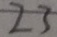
2 3